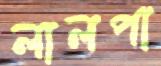
লালপা